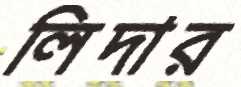
লিদার